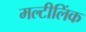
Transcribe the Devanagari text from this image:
मल्टीलिंक